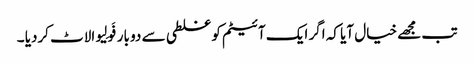
تب مجھے خیال آیا کہ اگر ایک آئیٹم کو غلطی سے دو بار فَولِیو الاٹ کردیا ۔